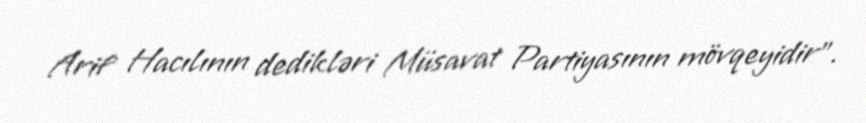
Arif Hacılının dedikləri Müsavat Partiyasının mövqeyidir”.